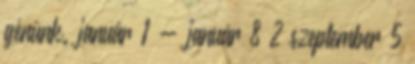
génünk. január 1 - január 8 2 szeptember 5